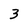
Character: 3